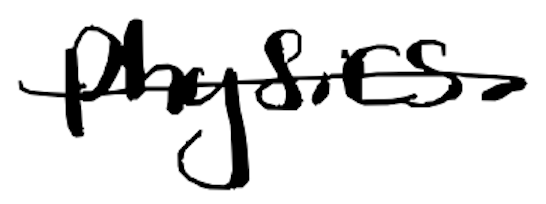
Text: physics
Cross-out: single-line
Writing tool: digital_black